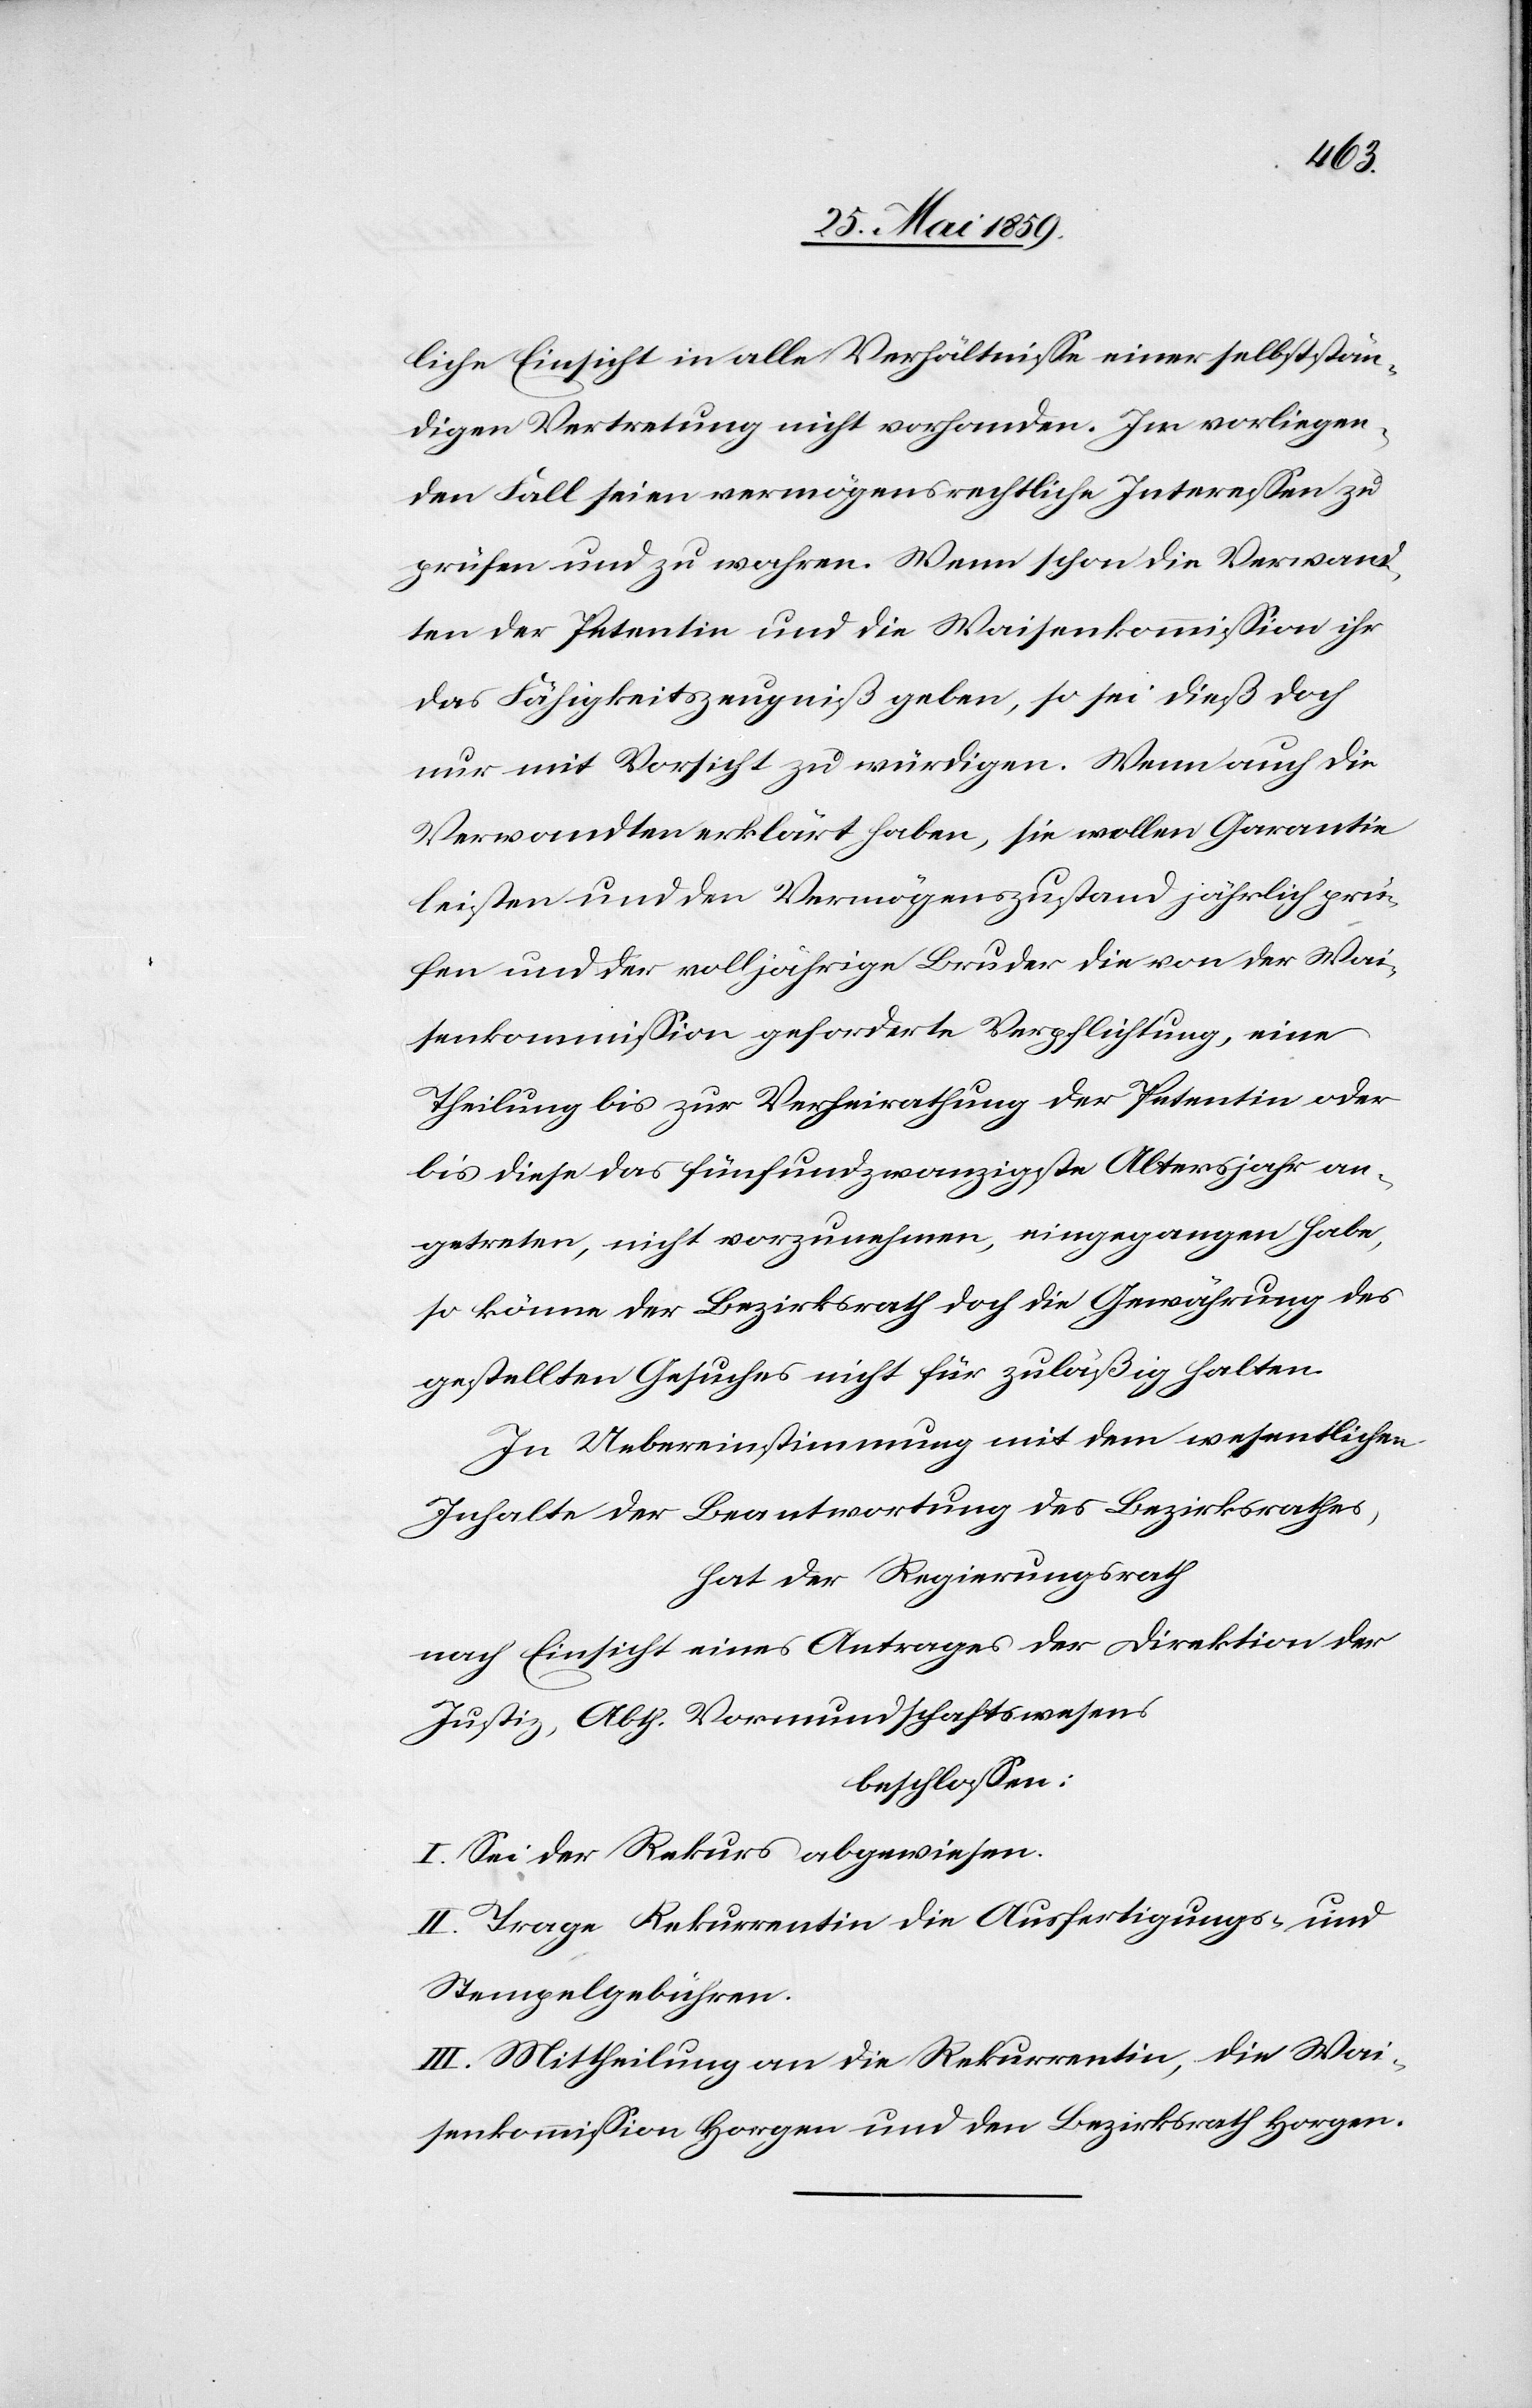
liche Einsicht in alle Verhältnisse einer selbstän¬
digen Vertretung nicht vorhanden. Im vorliegen¬
den Fall seien vermögensrechtliche Interessen zu
prüfen und zu wahren. Wenn schon die Verwand¬
ten der Petentin und die Waisenkommission ihr
das Fähigkeitszeugniß geben, so sei dieß doch
nur mit Vorsicht zu würdigen. Wenn auch die
Verwandten erklärt haben, sie wollen Garantie
leisten und den Vermögenszustand jährlich prü¬
fen und der volljährige Bruder die von der Wai¬
senkommission geforderte Verpflichtung, eine
Theilung bis zur Verheirathung der Petentin oder
bis diese das fünfundzwanzigste Altersjahr an¬
getreten, nicht vorzunehmen, eingegangen habe,
so könne der Bezirksrath doch die Gewährung des
gestellten Gesuches nicht für zuläßig halten.
In Uebereinstimmung mit dem wesentlichen
Inhalte der Beantwortung des Bezirksrathes,
hat der Regierungsrath
nach Einsicht eines Antrages der Direktion der
Justiz, Abth. Vormundschaftswesens
beschlossen:
I. Sei der Rekurs abgewiesen.
II. Trage Rekurrentin die Ausfertigungs- und
Stempelgebühren.
III. Mittheilung an die Rekurrentin, die Wai¬
senkommission Horgen und den Bezirksrath Horgen.